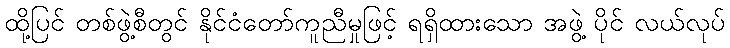
ထို့ပြင် တစ်ဖွဲ့စီတွင် နိုင်ငံတော်ကူညီမှုဖြင့် ရရှိထားသော အဖွဲ့ ပိုင် လယ်လုပ်